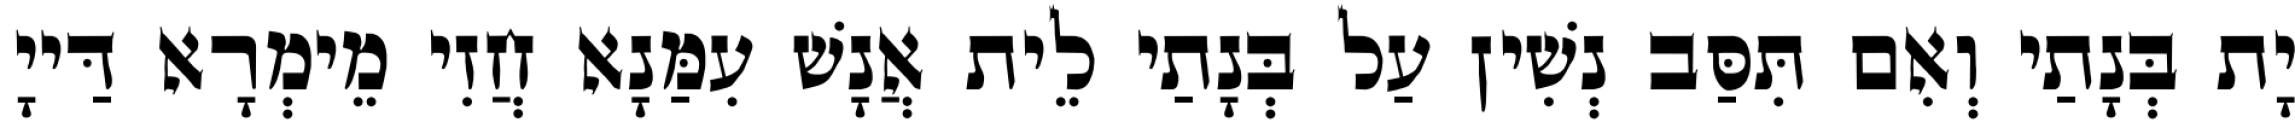
יָת בְּנָתַי וְאִם תִּסַּב נְשִׁין עַל בְּנָתַי לֵית אֲנָשׁ עִמַּנָא חֲזִי מֵימְרָא דַּייָ